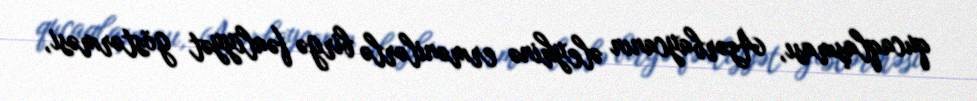
qucaqlaşması, Azərbaycanın əleyhinə ermənilərlə birgə fəaliyyət göstərməsi,